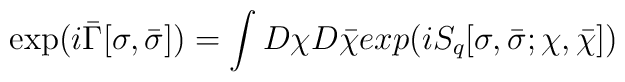
\exp(i\bar{\Gamma}[\sigma,\bar{\sigma}])=\int D\chi D\bar{\chi} exp(iS_q[\sigma, \bar{\sigma};\chi, \bar{\chi}])